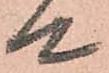
候